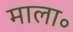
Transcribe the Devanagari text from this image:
माला॰